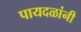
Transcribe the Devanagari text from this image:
पायदळांनी